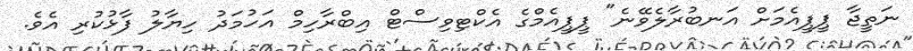
ނަތީޖާ ޕީޕީއެމަށް އަނބުރާލެވޭނެ" ޕީޕީއެމްގެ އެކްޓިވިސްޓް އިބްރާހިމް އަހުމަދު ހިޔާލު ފާޅުކުރި އެވެ.